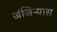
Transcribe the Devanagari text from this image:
जंजिऱ्यास